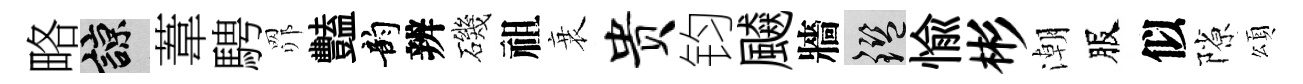
略諒葦騁𦊑豔韵辨磯祖衰贵钧飇牆鑒愉彬潮服似隙頌